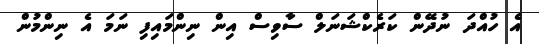
އެ ހުއްދަ ނުދޭން ކަރެކްޝަނަލް ސާވިސް އިން ނިންމައިފި ނަމަ އެ ނިންމުން